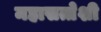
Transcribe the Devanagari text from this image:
महासत्तेशी